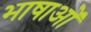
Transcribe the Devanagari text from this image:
भाषाओें